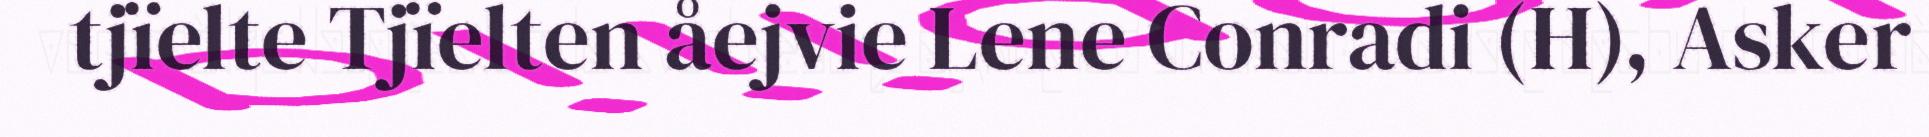
tjïelte Tjïelten åejvie Lene Conradi (H), Asker